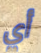
أي